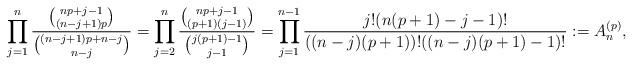
LaTeX: \begin{gather*}\prod_{j=1}^{n} {{{ np+j-1 \choose (n-j+1)p}} \over {{(n-j+1)p+n-j \choose n-j}}}={\prod_{j=2}^{n} {{np+j-1 \choose (p+1)(j-1)} \over {j(p+1)-1 \choose j-1}} =\prod_{j=1}^{n-1} {j ! (n(p+1) -j -1) ! \over ((n-j)(p+1)) ! ((n-j)(p+1)-1) !}}:=A_{n}^{(p)},\end{gather*}